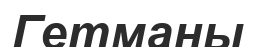
Гетманы